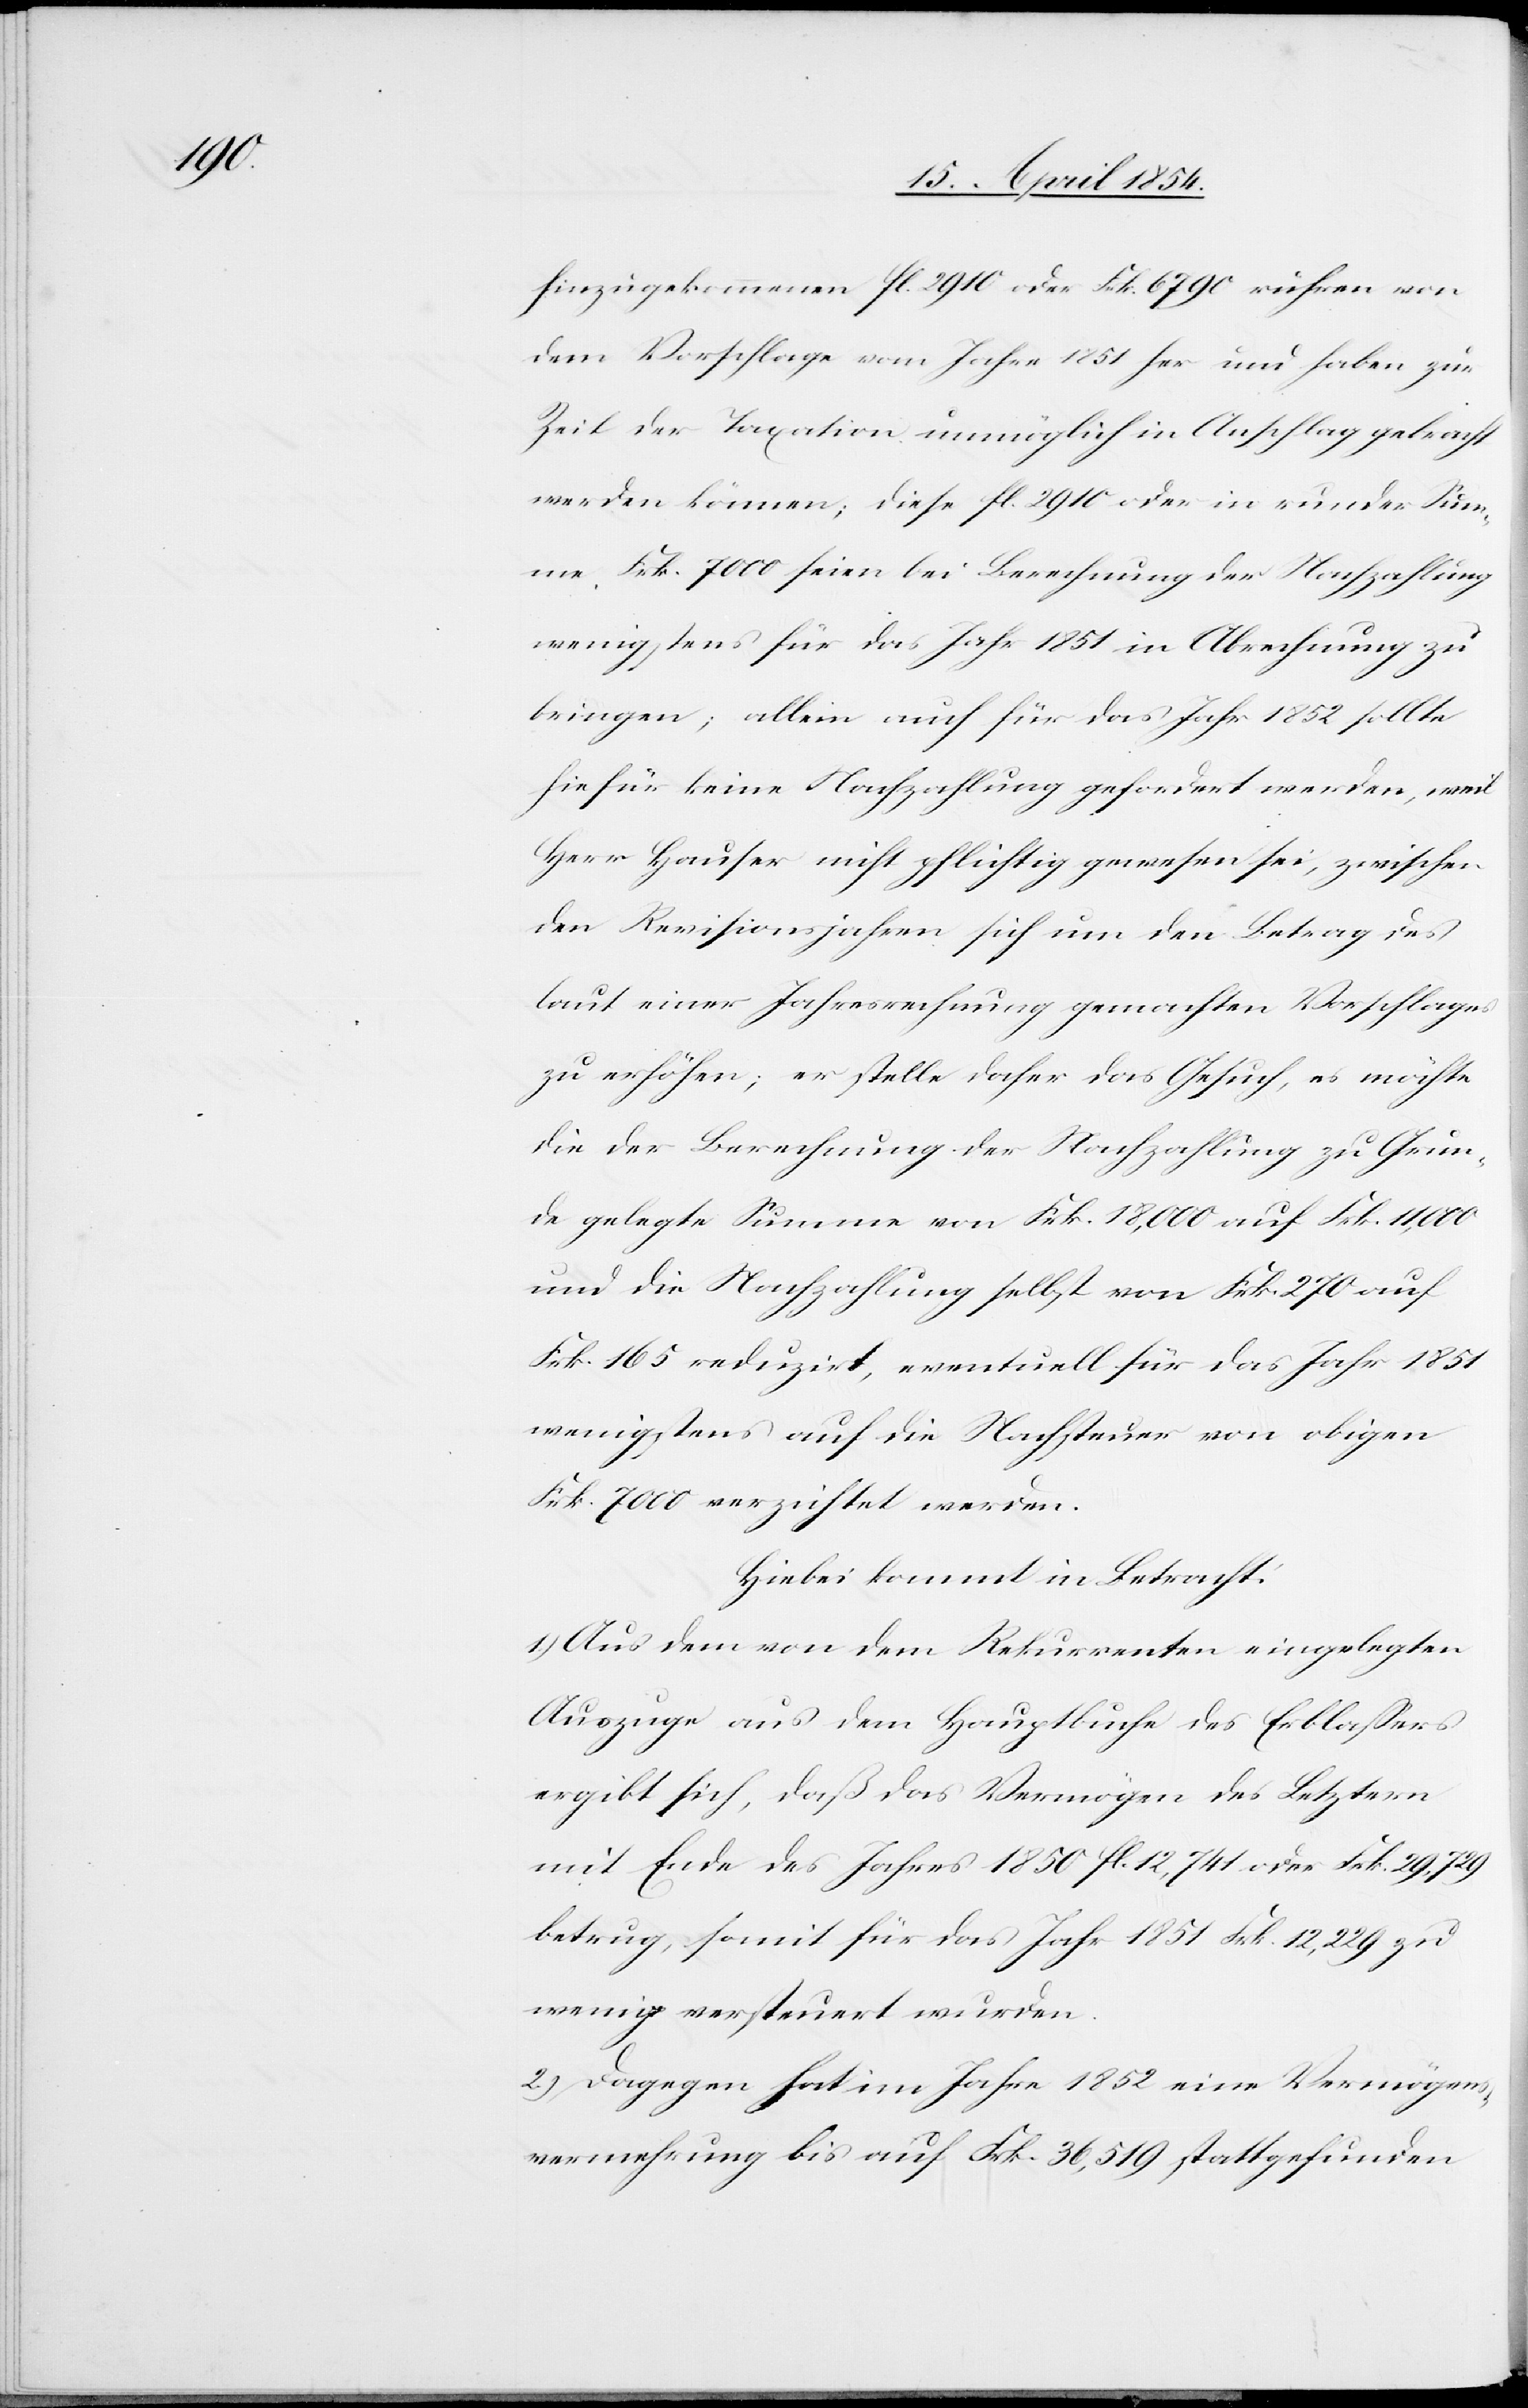
hinzugekommenen fl. 2910 oder Frk. 6790 rühren von
dem Vorschlage vom Jahre 1851 her und haben zur
Zeit der Taxation unmöglich in Anschlag gebracht
werden können; diese fl. 2910 oder in runder Sum¬
me, Frk. 7000 seien bei Berechnung der Nachzahlung
wenigstens für das Jahr 1851 in Abrechnung zu
bringen; allein auch für das Jahr 1852 sollte
hiefür keine Nachzahlung gefordert werden, weil
Herr Hauser nicht pflichtig gewesen sei, zwischen
den Revisionsjahren sich um den Betrag des
laut einer Jahresrechnung gemachten Vorschlages
zu erhöhen; er stelle daher das Gesuch, es möchte
die der Berechnung der Nachzahlung zu Grun¬
de gelegte Summe von Frk. 18,000 auf Frk. 11,000
und die Nachzahlung selbst von Frk. 270 auf
Frk. 165 reduzirt, eventuell für das Jahr 1851
wenigstens auf die Nachsteuer von obigen
Fr. 7000 verzichtet werden.
Hiebei kommt in Betracht:
1.) Aus dem von dem Rekurrenten eingelegten
Auszuge aus dem Hauptbuche des Erblaßers
ergibt sich, daß das Vermögen des Letztern
mit Ende des Jahres 1850 fl. 12,741 oder Frk. 29,729
betrug, somit für das Jahr 1851 Frk. 12,229 zu
wenig versteuert wurden.
2.) Dagegen hat im Jahre 1852 eine Vermögens¬
vermehrung bis auf Frk. 36,519 stattgefunden